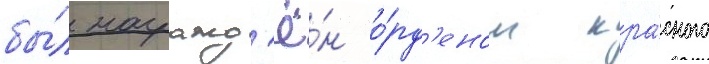
бы́л награжд'ё́н о́рд'еном кра́сного